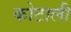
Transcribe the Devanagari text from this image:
कोटाली